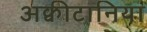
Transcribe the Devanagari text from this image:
अक्वीटानिया